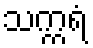
သက္ကရံ